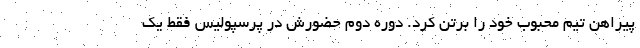
پیراهن تیم محبوب خود را برتن کرد. دوره دوم حضورش در پرسپولیس فقط یک